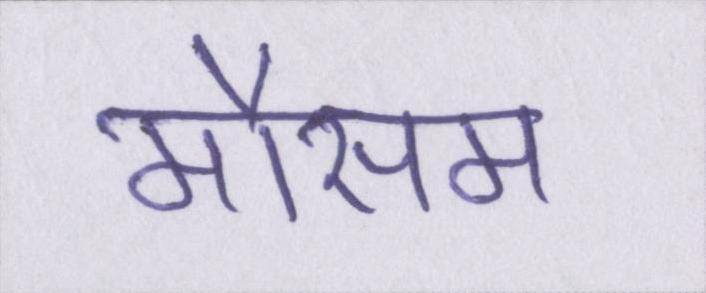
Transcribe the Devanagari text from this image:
मौसम